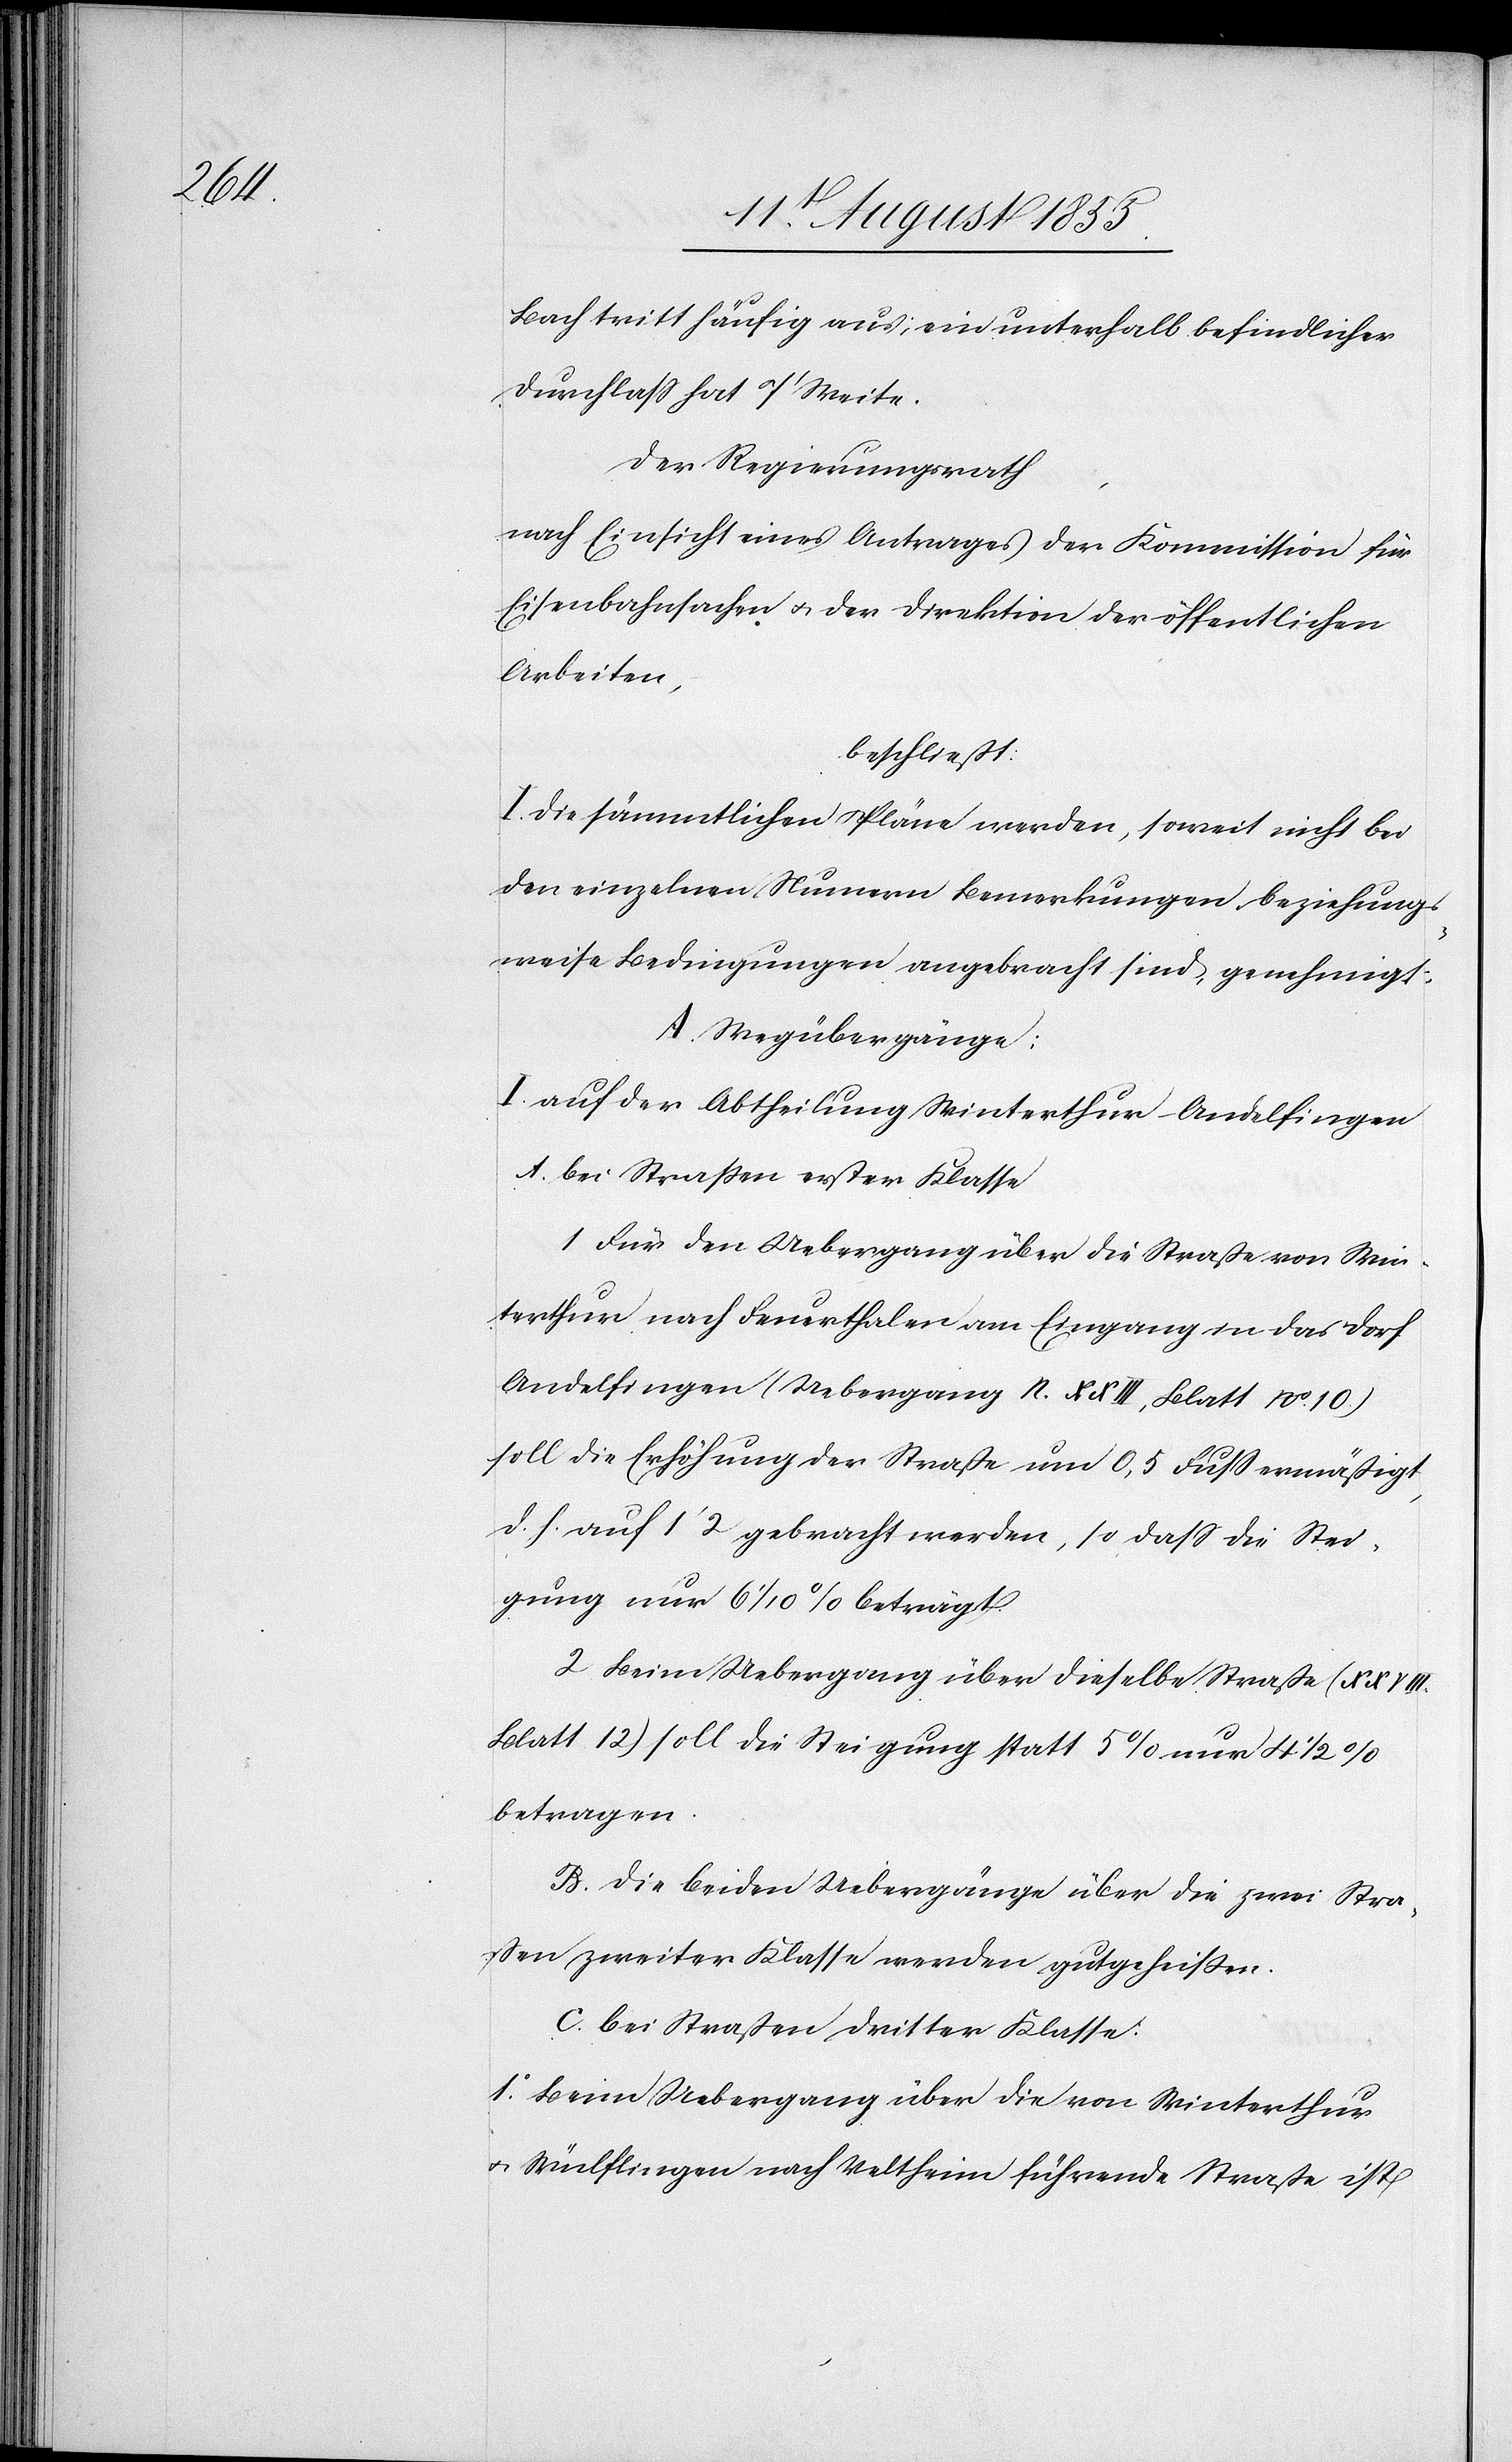
A.

Bach tritt häufig aus; ein unterhalb befindlicher
Durchlass hat 7‘ Weite.
Der Regierungsrath,
nach Einsicht eines Antrages der Kommission für
Eisenbahnsachen & der Direktion der öffentlichen
Arbeiten,
beschließt:
I. Die sämmtlichen Pläne werden, soweit nicht bei
den einzelnen Num[m]ern Bemerkungen beziehungs¬
weise Bedingungen angebracht sind, genehmigt:
A. Wegübergänge:
auf der Abtheilung Winterthur-Andelfingen
bei Strassen erster Klasse
Für den Uebergang über die Straße von Win¬
terthur nach Feuerthalen am Eingang in das Dorf
Andelfingen (Uebergang 12. XXIII, Blatt No. 10)
soll die Erhöhung der Straße um 0,5 Fuss ermäßigt,
d. h. auf 1‘ 2 gebracht werden, so dass die Stei¬
gung nur 6 1/10 % beträgt.
Beim Uebergang über dieselbe Straße (XXVIII.
Blatt 12) soll die Steigung statt 5% nur 4 1/2
betragen.
Die beiden Uebergänge über die zwei Stra¬
ßen zweiter Klasse werden gutgeheissen.
bei Straßen dritter Klasse:
Beim Uebergang über die von Winterthur
& Wülflingen nach Veltheim führende Straße ist